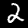
Label: 2